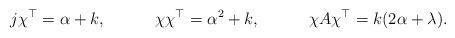
LaTeX: \begin{align*} &j\chi^\top = \alpha + k, &&\chi \chi^\top = \alpha^2 + k, &&\chi A \chi^\top = k(2\alpha + \lambda). \end{align*}